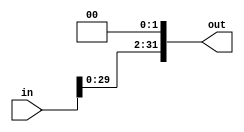
module Shl2 (in, out);
input [31:0] in; 
output [31:0] out;

    assign out = {in[29:0], 2'b00};
endmodule